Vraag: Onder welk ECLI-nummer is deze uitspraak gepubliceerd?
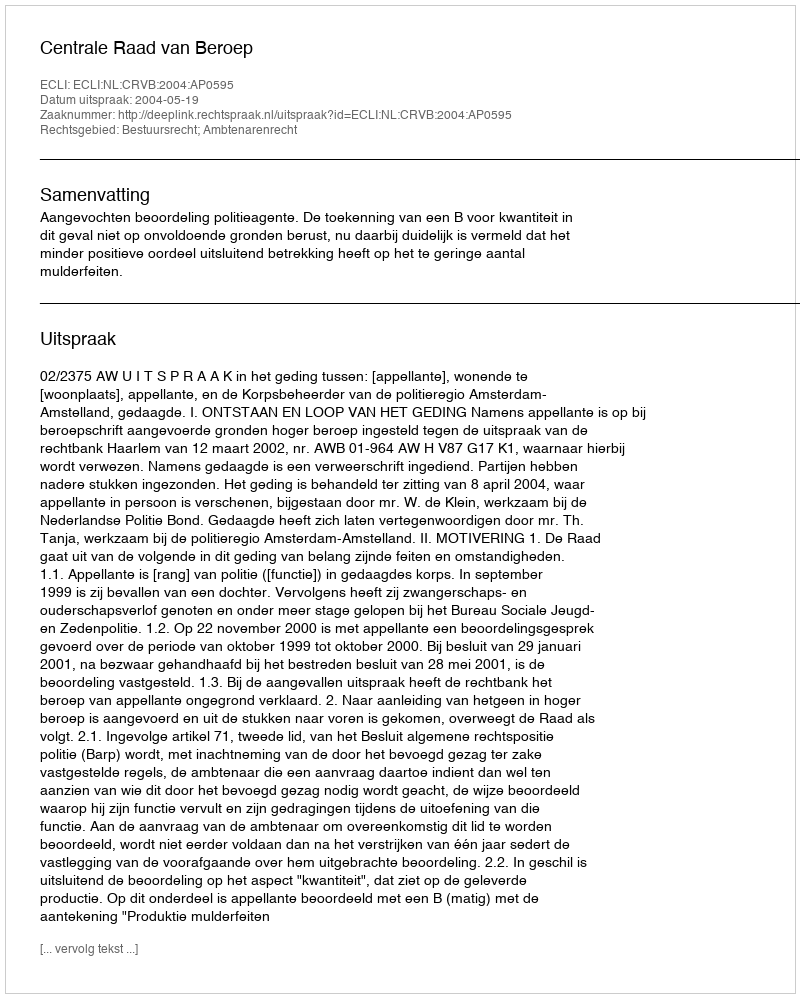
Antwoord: ECLI:NL:CRVB:2004:AP0595